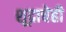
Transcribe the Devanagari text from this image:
शूद्राचेही